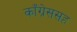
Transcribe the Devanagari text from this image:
काँग्रेससह